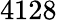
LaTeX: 4128